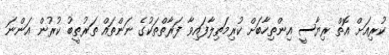
ކުރިއަށް އޮތް ރިޔާސީ އިންތިހާބަށް ކުރިމަތިލާފައިވާ ފަރާތްތަކުގެ ނަންތައްް ތަރުތީބު ކުރުން އަންނަ